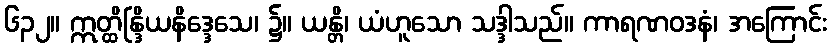
၆၃၂။ ဣတ္ထိန္ဒြိယနိဒ္ဒေသေ၊ ၌။ ယန္တိ၊ ယံဟူသော သဒ္ဒါသည်။ ကာရဏဝဒနံ၊ အကြောင်း